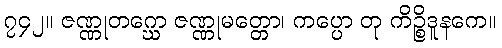
၇၄၂။ ဇဏ္ဏုတဂ္ဃော ဇဏ္ဏုမတ္တော၊ ကပ္ပော တု ကိဉ္စိဒူနကေ။